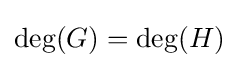
\deg(G)=\deg(H)